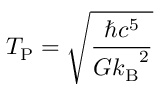
T _ { \mathrm { P } } = { \sqrt { \frac { \hbar c ^ { 5 } } { G { k _ { \mathrm { B } } } ^ { 2 } } } }